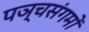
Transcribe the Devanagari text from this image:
पञ्चसंगमों